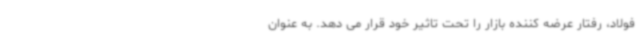
فولاد، رفتار عرضه کننده بازار را تحت تاثیر خود قرار می دهد. به عنوان